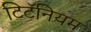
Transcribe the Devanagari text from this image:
टिटॅनियम